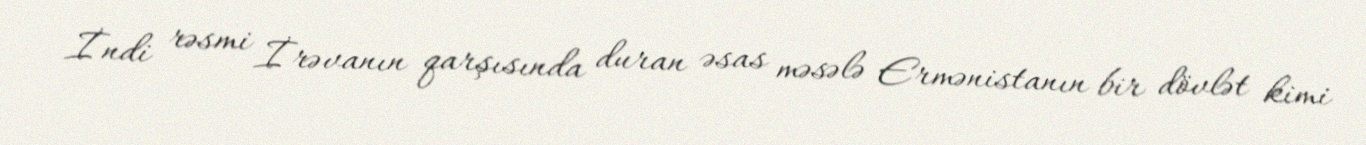
İndi rəsmi İrəvanın qarşısında duran əsas məsələ Ermənistanın bir dövlət kimi